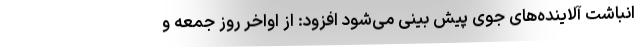
انباشت آلاینده‌های جوی پیش بینی می‌شود افزود: از اواخر روز جمعه و